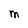
Character: M